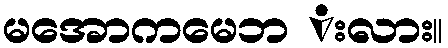
မအောကမေဘ းလား။